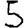
Digit: 5